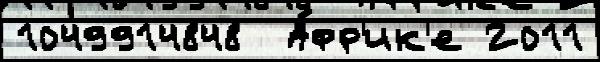
1049914848  А́фр'ик'е 2011